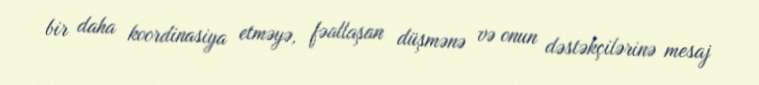
bir daha koordinasiya etməyə, fəallaşan düşmənə və onun dəstəkçilərinə mesaj